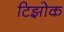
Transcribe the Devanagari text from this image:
टिझोक